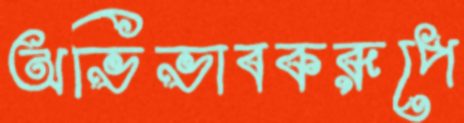
অভিভাবকরূপে